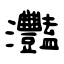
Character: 灩